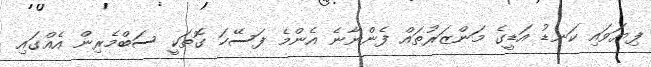
ފިޔަވައި ކަނޑު އަޑީގެ މަންޒަރުތައް ފެންނާނެ އެންމެ ފަސޭހަ ގޮތަކީ ސަބްމެރިން އެއްގައި